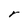
Character: r